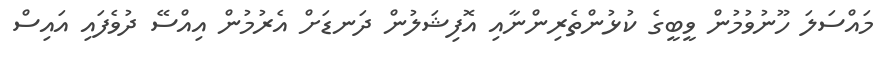
މައްސަލަ ހޫނުވުމުން ވީބީގެ ކުޅުންތެރިންނާއި އޮފިޝަލުން ދަނޑަށް އެރުމުން އިއްސޭ ދުވެފައި އައިސް